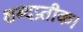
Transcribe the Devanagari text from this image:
शब्दप्रतीक।